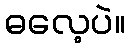
ဓလေ့ပဲ။